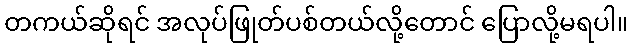
တကယ်ဆိုရင် အလုပ်ဖြုတ်ပစ်တယ်လို့တောင် ပြောလို့မရပါ။